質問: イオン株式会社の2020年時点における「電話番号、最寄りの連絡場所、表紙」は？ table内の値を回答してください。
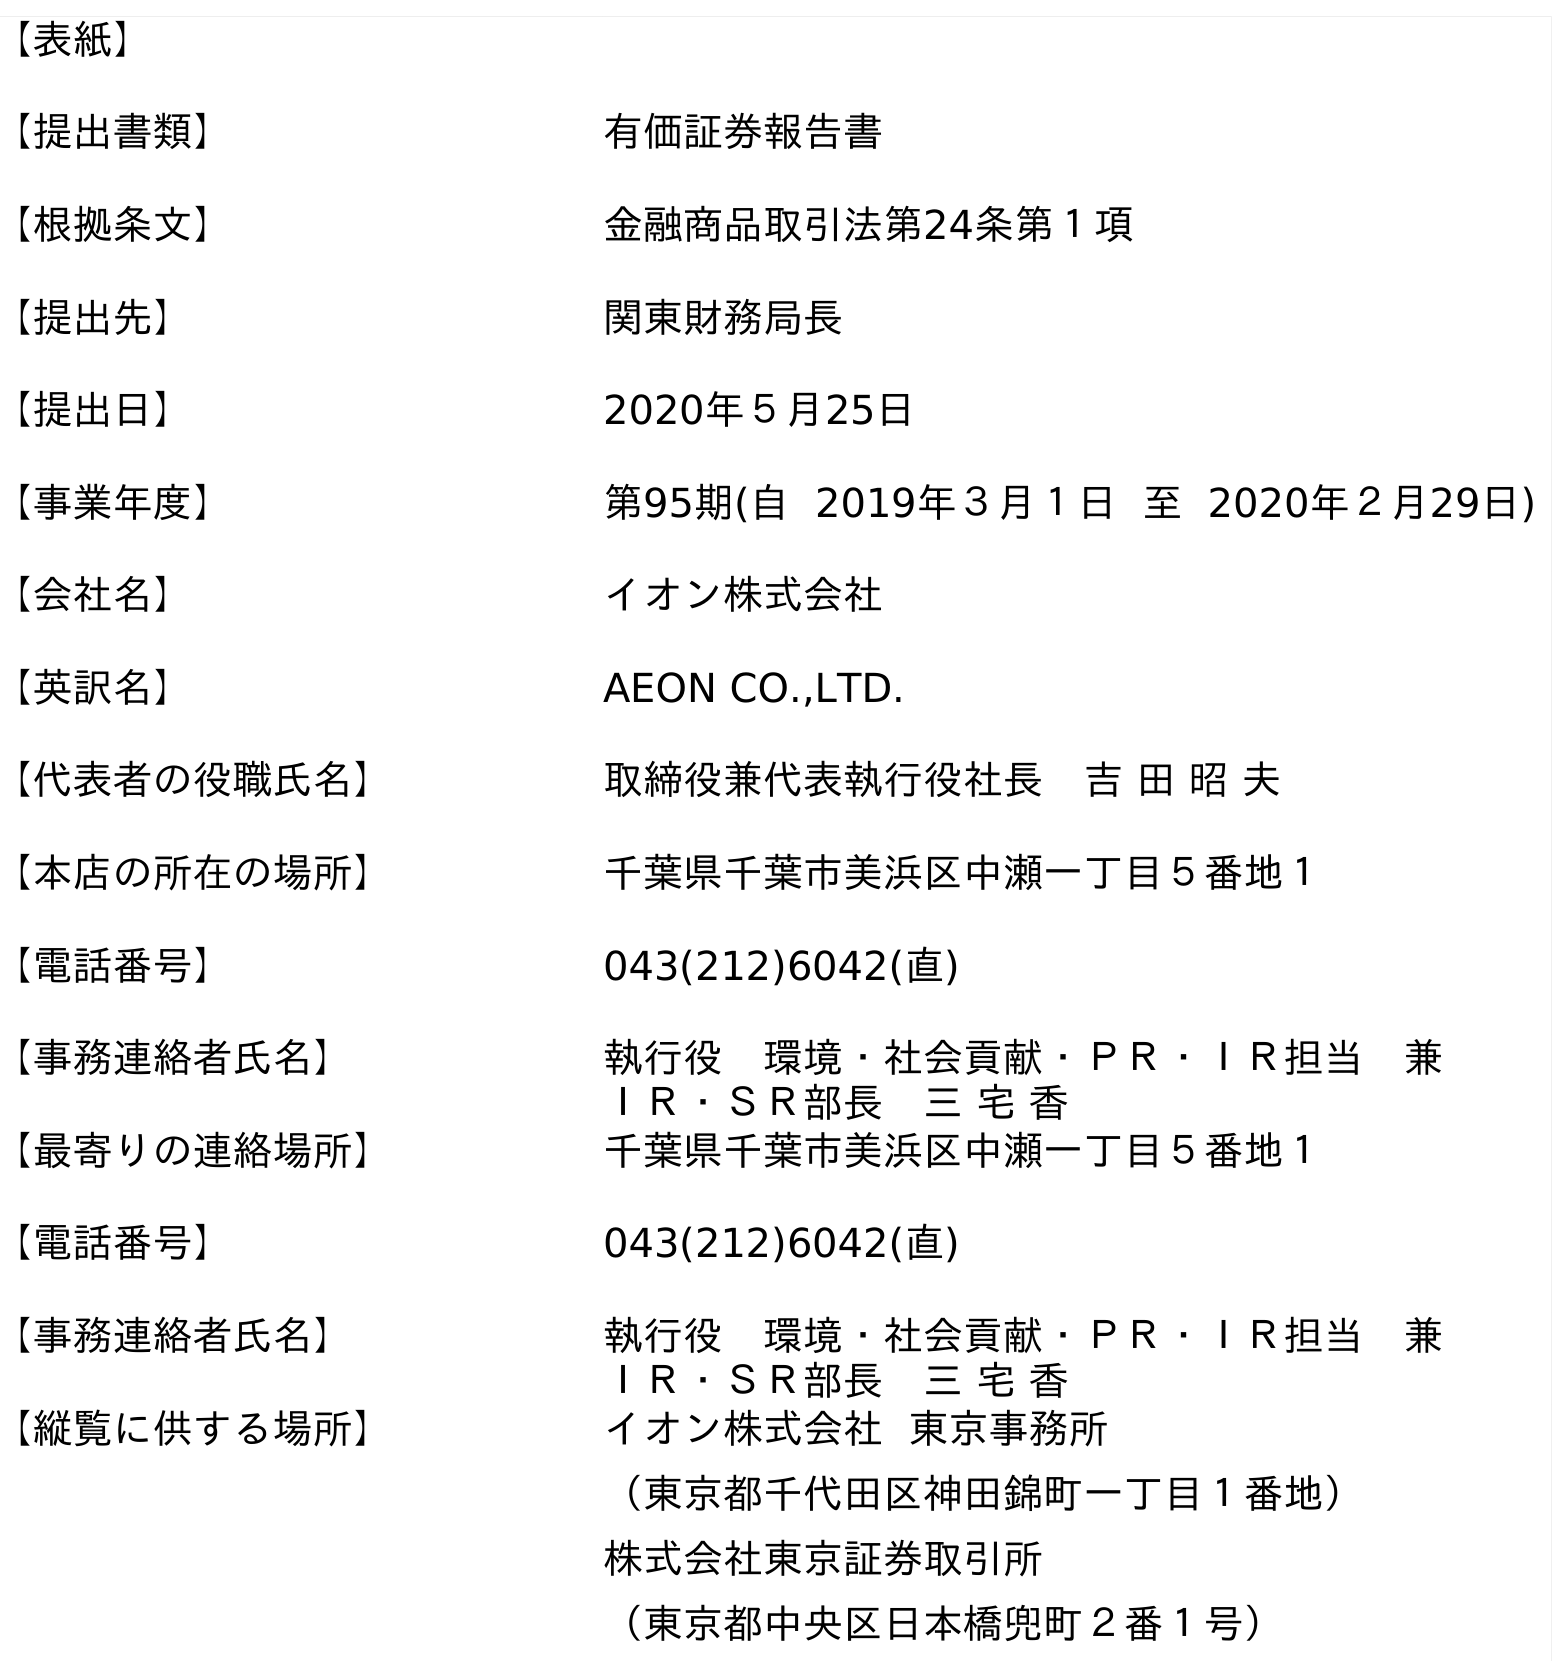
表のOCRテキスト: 【表紙】 【提出書類】 有価証券報告書 【根拠条文】 金融商品取引法第24条第１項 【提出先】 関東財務局長 【提出日】 2020年５月25日 【事業年度】 第95期(自 2019年３月１日 至 2020年２月29日) 【会社名】 イオン株式会社 【英訳名】 AEON CO.,LTD. 【代表者の役職氏名】 取締役兼代表執行役社長 吉 田 昭 夫 【本店の所在の場所】 千葉県千葉市美浜区中瀬一丁目５番地１ 【電話番号】 043(212)6042(直) 【事務連絡者氏名】 執行役 環境・社会貢献・ＰＲ・ＩＲ担当 兼 ＩＲ・ＳＲ部長 三 宅 香 【最寄りの連絡場所】 千葉県千葉市美浜区中瀬一丁目５番地１ 【電話番号】 043(212)6042(直) 【事務連絡者氏名】 執行役 環境・社会貢献・ＰＲ・ＩＲ担当 兼 ＩＲ・ＳＲ部長 三 宅 香 【縦覧に供する場所】 イオン株式会社 東京事務所 （東京都千代田区神田錦町一丁目１番地） 株式会社東京証券取引所 （東京都中央区日本橋兜町２番１号）
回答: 043(212)6042(直)